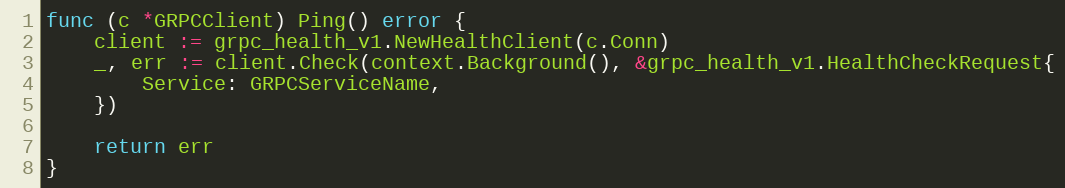
Language: Go
func (c *GRPCClient) Ping() error {
	client := grpc_health_v1.NewHealthClient(c.Conn)
	_, err := client.Check(context.Background(), &grpc_health_v1.HealthCheckRequest{
		Service: GRPCServiceName,
	})

	return err
}